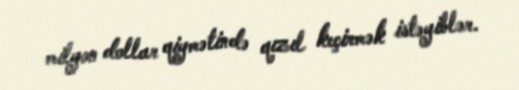
milyon dollar qiymətində qızıl keçirmək istəyiblər.